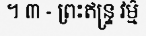
។ ៣ - ព្រះឥន្ទ្រ វម៌្ម